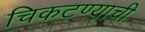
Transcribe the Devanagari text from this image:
चिकटण्याची